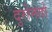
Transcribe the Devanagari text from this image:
दुरोनतो